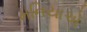
મનિયાએ